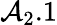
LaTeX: {\mathcal{A}}_{2}.1